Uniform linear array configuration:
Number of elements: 12
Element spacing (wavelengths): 1
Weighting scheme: hann
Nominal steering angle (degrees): -60
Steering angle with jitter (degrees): -61.715
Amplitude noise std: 0.05
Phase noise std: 0.05

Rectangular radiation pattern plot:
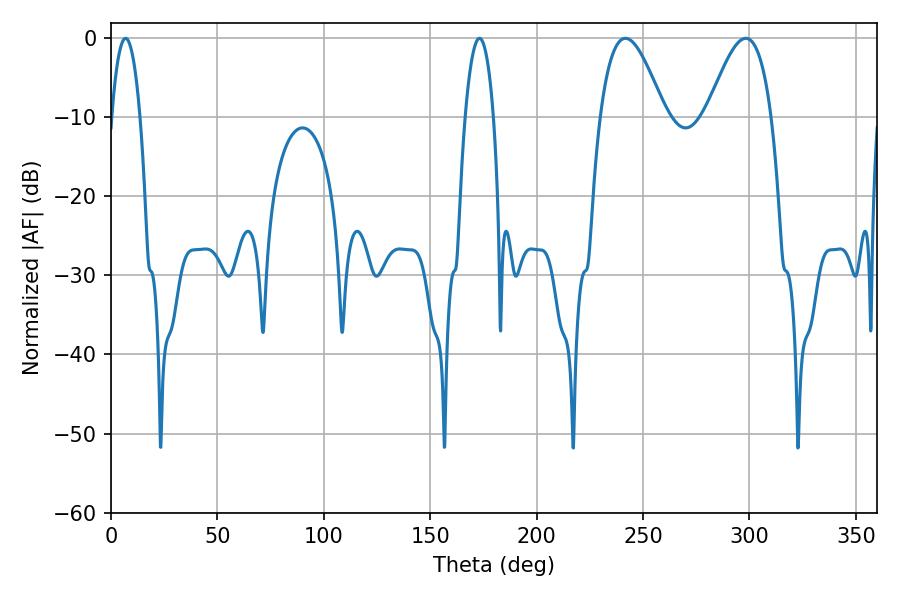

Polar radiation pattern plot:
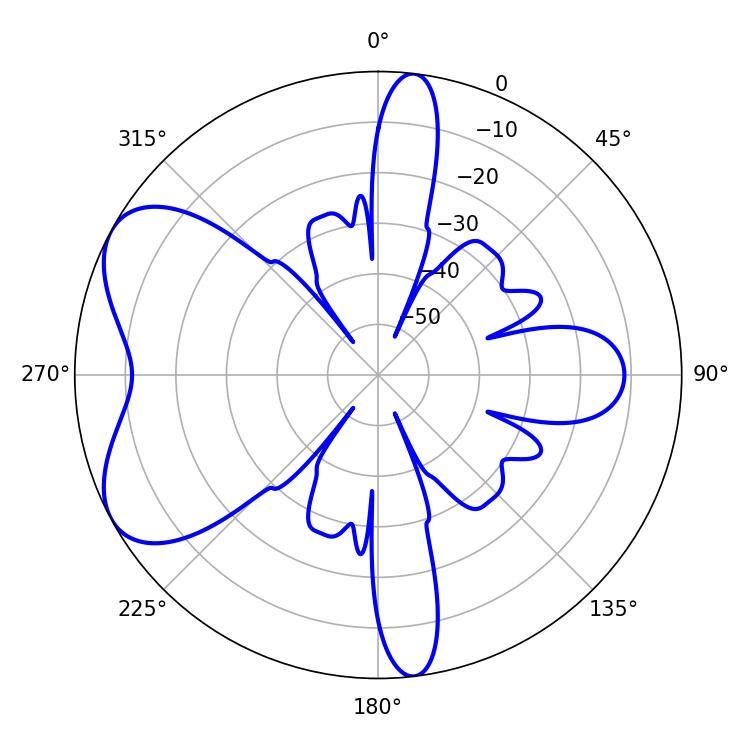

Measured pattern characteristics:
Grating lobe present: TRUE
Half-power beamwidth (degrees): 16.38
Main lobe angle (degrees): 241.74